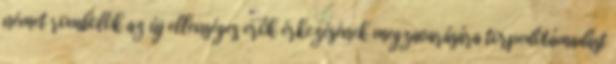
német rombolók az új ellenséges erők érkezésének megzavarására torpedótámadást